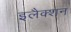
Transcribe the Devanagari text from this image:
इलैक्शन